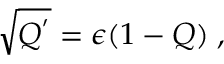
\sqrt { Q ^ { ' } } = \epsilon ( 1 - Q ) \; ,